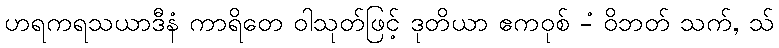
ဟရကရသယာဒီနံ ကာရိတေ ဝါသုတ်ဖြင့် ဒုတိယာ ဧကဝုစ် -ံ ဝိဘတ် သက်, သ်